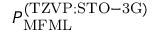
P _ { \mathrm { M F M L } } ^ { \mathrm { ( T Z V P ; S T O - 3 G ) } }